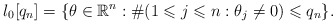
\begin{align*}l_0[q_n] = \{\theta \in \mathbb{R}^n : \#(1 \leqslant j \leqslant n : \theta_j \neq 0) \leqslant q_n\}. \end{align*}